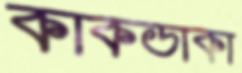
কাকডাকা